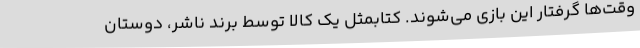
وقت‌ها گرفتار این بازی می‌شوند. کتابمثل یک کالا توسط برند ناشر، دوستان